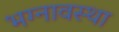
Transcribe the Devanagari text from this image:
भग्‍नावस्‍था